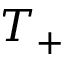
T _ { + }